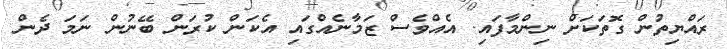
ރައްޔިތުން ގޮތަކަށް ނިންމާފައި. އެއްވެސް ޒަމާނެއްގައި އެކަން ކުރަން ބޭނުން ނަމަ ދެން